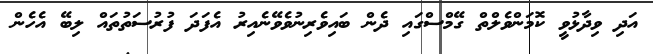
އަދި ވިދާޅުވީ ކޮމަންވެލްތް ގޭމްސްގައި ދެން ބައިވެރިނުވެވޭނެއިރު އެފަދަ ފުރުސަތުތައް ލިބޭ އެހެން